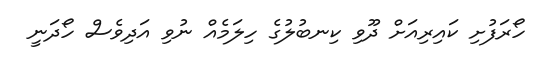
ހޯރަފުށި ކައިރިއަށް ދޫވި ކިނބުލުގެ ހިލަމެއް ނުވި އަދިވެސް ހޯދަނީ